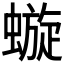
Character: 𧐗